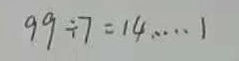
9 9 \div 7 = 1 4 \cdots 1